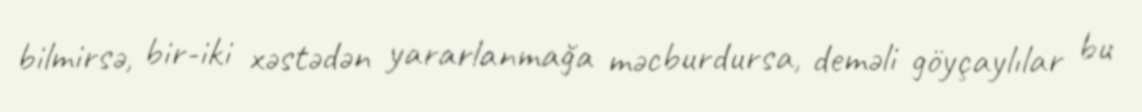
bilmirsə, bir-iki xəstədən yararlanmağa məcburdursa, deməli göyçaylılar bu